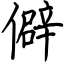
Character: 僻